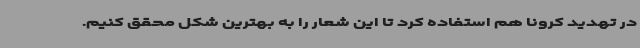
در تهدید کرونا هم استفاده کرد تا این شعار را به بهترین شکل محقق کنیم.